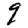
Digit: 9